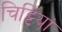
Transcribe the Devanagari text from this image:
चिट्टियां